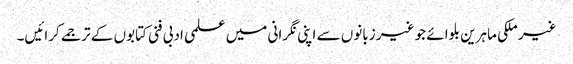
غیر ملکی ماہرین بلوائے جو غیر زبانوں سے اپنی نگرانی میں علمی ادبی فنی کتابوں کے ترجمے کرائیں۔